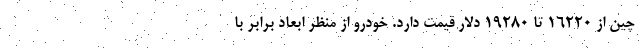
چین از 16220 تا 19280 دلار قیمت دارد. خودرو از منظر ابعاد برابر با